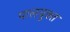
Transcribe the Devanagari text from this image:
पालयुक्त